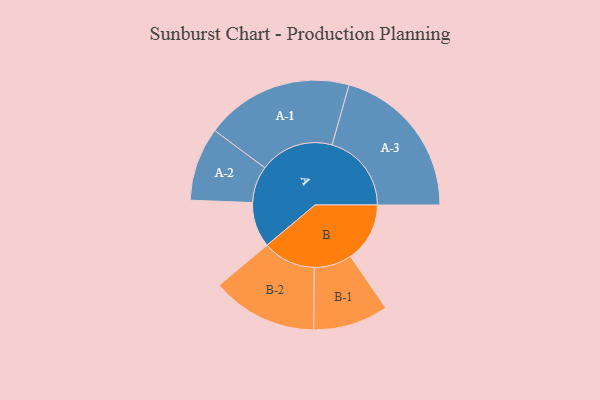
{"axis": {"x": "Segment", "y": "Value"}, "legend": ["", "A", "B"], "data": [{"x": "A", "y": 162, "type": ""}, {"x": "B", "y": 213, "type": ""}, {"x": "A-1", "y": 266, "type": "A"}, {"x": "A-2", "y": 132, "type": "A"}, {"x": "A-3", "y": 285, "type": "A"}, {"x": "B-1", "y": 135, "type": "B"}, {"x": "B-2", "y": 190, "type": "B"}]}